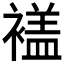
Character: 𧜡